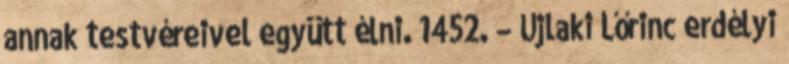
annak testvéreivel együtt élni. 1452. – Újlaki Lőrinc erdélyi